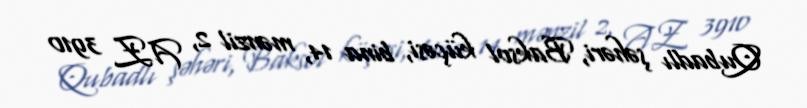
Qubadlı şəhəri, Baksol küçəsi, bina 14, mənzil 2, AZ 3910